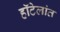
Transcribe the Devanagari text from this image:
हॉटेलांत